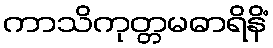
ကာသိကုတ္တမဓာရိနိံ